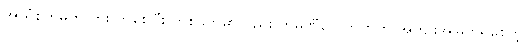
အာရုံစိုက်မှုကို တိုးလာစေပြီး တစ်ဖက်မှာလည်း ကုမ္ပဏီတွေဘက်က အကျိုးအမြတ်ရစေတဲ့